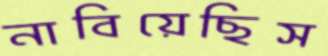
নাবিয়েছিস